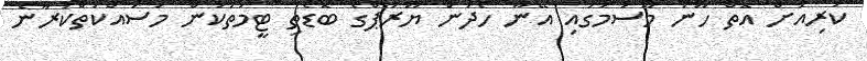
ކުރިއަށް އޮތް ހޫނު މޫސުމުގައި އޭނާ ހޯދަން ޔޫރަޕްގެ ބޮޑެތި ޓީމުތަކުން މަސައްކަތްކުރާނެ